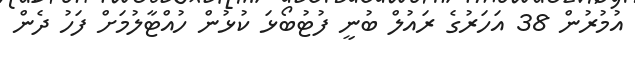
އުމުރުން 38 އަހަރުގެ ރައުލް ބުނީ ފުޓުބޯޅަ ކުޅުން ހުއްޓާލުމަށް ފަހު ދެން